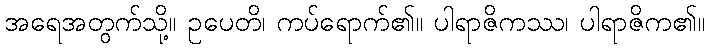
အရေအတွက်သို့။ ဥပေတိ၊ ကပ်ရောက်၏။ ပါရာဇိကဿ၊ ပါရာဇိက၏။